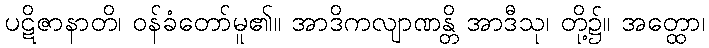
ပဋိဇာနာတိ၊ ဝန်ခံတော်မူ၏။ အာဒိကလျာဏန္တိ အာဒီသု၊ တို့၌။ အတ္ထော၊